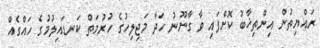
ރައްޔިތުން އިންތިޚާބު ކޮށްފައި ވާ ގާނޫނު ހަދާ މަޖިލިހުގެ ހުރުމަތް ކަނޑައިލުމުގެ ހައްގެއް